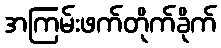
အကြမ်းဖက်တိုက်ခိုက်